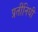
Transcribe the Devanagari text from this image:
प्रतींनिधी